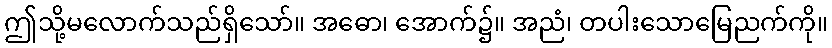
ဤသို့မလောက်သည်ရှိသော်။ အဓော၊ အောက်၌။ အညံ၊ တပါးသောမြေညက်ကို။